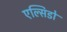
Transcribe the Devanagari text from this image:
एल्सिडो